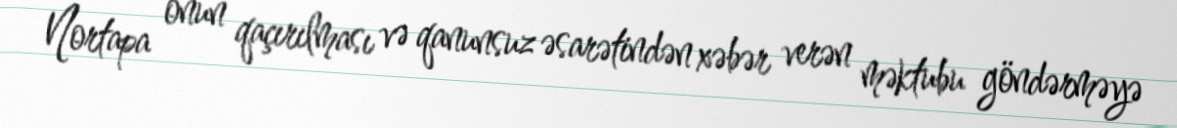
Nortapa onun qaçırılması və qanunsuz əsarətindən xəbər verən məktubu göndərməyə